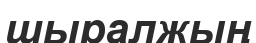
шыралжың